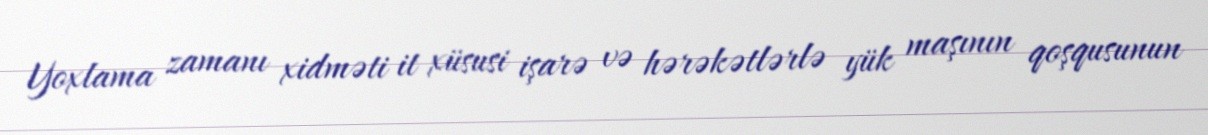
Yoxlama zamanı xidməti it xüsusi işarə və hərəkətlərlə yük maşının qoşqusunun